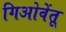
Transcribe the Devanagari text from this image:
गिओवेंतू